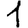
Digit: 1